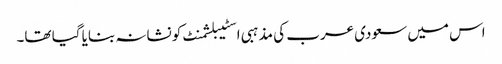
اس میں سعودی عرب کی مذہبی اسٹیبلشمنٹ کو نشانہ بنایا گیا تھا۔